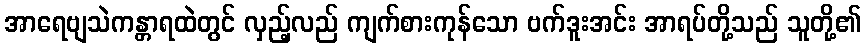
အာရေဗျသဲကန္တာရထဲတွင် လှည့်လည် ကျက်စားကုန်သော ဗက်ဒူးအင်း အာရပ်တို့သည် သူတို့၏